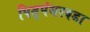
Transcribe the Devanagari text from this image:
पितृपंधरवडा